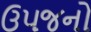
ઉપજનો